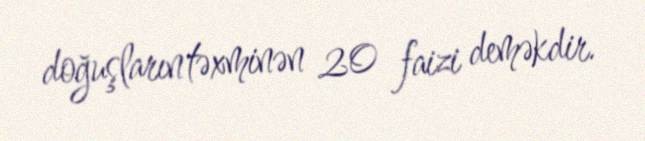
doğuşların təxminən 20 faizi deməkdir.